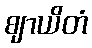
ဈာယိတံ